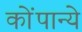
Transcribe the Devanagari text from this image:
कोंपान्ये